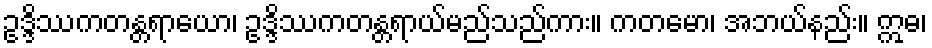
ဥဒ္ဒိဿကတန္တရာယော၊ ဥဒ္ဒိဿကတန္တရာယ်မည်သည်ကား။ ကတမော၊ အဘယ်နည်း။ ဣဓ၊